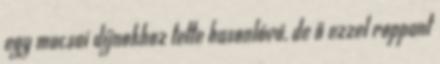
egy mucsai díjnokhoz tette hasonlóvá, de ő ezzel roppant